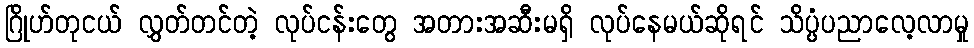
ဂြိုဟ်တုငယ် လွှတ်တင်တဲ့ လုပ်ငန်းတွေ အတားအဆီးမရှိ လုပ်နေမယ်ဆိုရင် သိပ္ပံပညာလေ့လာမှု